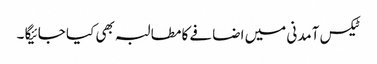
ٹیکس آمدنی میں اضافے کا مطالبہ بھی کیا جائیگا ۔